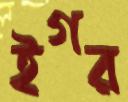
ইগর